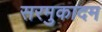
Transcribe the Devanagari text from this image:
सरमुकादम